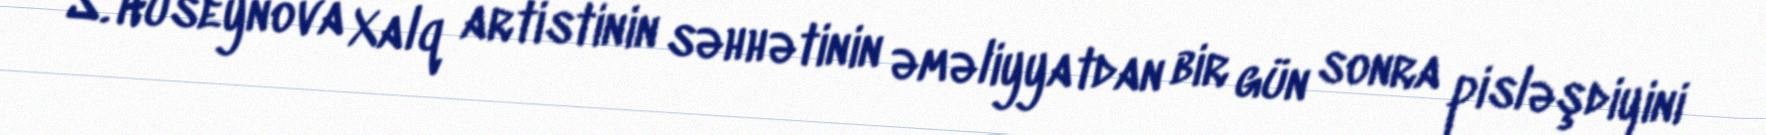
S. Hüseynova Xalq artistinin səhhətinin əməliyyatdan bir gün sonra pisləşdiyini